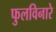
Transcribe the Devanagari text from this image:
फुलविनारे